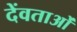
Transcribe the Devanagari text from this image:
देंवताओं